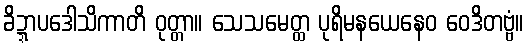
ခိဍ္ဍာပဒေါသိကာတိ ဝုတ္တာ။ သေသမေတ္ထ ပုရိမနယေနေဝ ဝေဒိတဗ္ဗံ။